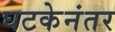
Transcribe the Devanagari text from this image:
घटकेनंतर